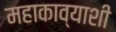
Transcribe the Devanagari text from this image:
महाकाव्याशी